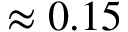
\approx 0 . 1 5